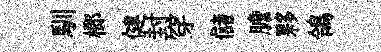
馴榔健封穿儲膽夥鴒